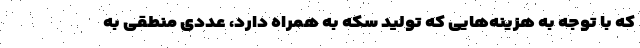
که با توجه به هزینه‌هایی که تولید سکه به همراه دارد، عددی منطقی به